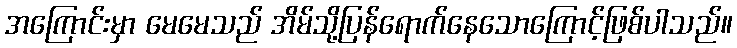
အကြောင်းမှာ မေမေသည် အိမ်သို့ပြန်ရောက်နေသောကြောင့်ဖြစ်ပါသည်။